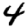
Digit: 4